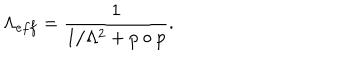
\Lambda _ { e f f } = \frac { 1 } { 1 / \Lambda ^ { 2 } + p \circ p } .